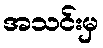
အသင်းမှ